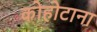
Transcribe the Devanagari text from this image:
कोहोटाना